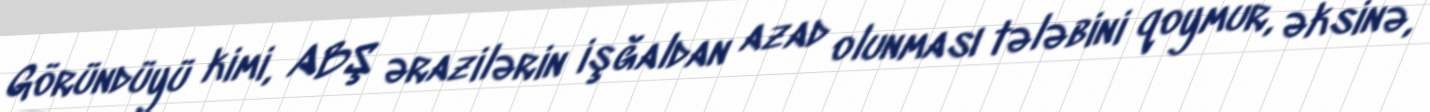
Göründüyü kimi, ABŞ ərazilərin işğaldan azad olunması tələbini qoymur, əksinə,